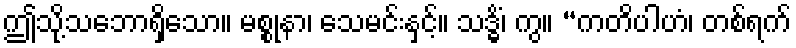
ဤသို့သဘောရှိသော။ မစ္စုနာ၊ သေမင်းနှင့်။ သဒ္ဓိံ၊ ကွ။ “ကတိပါဟံ၊ တစ်ရက်